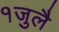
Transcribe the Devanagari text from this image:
१जुलै